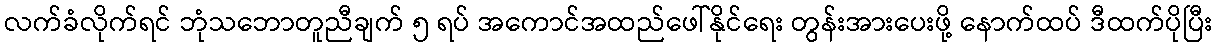
လက်ခံလိုက်ရင် ဘုံသဘောတူညီချက် ၅ ရပ် အကောင်အထည်ဖေါ်နိုင်ရေး တွန်းအားပေးဖို့ နောက်ထပ် ဒီထက်ပိုပြီး